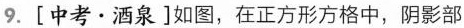
9.[中考·酒泉]如图，在正方形方格中，阴影部